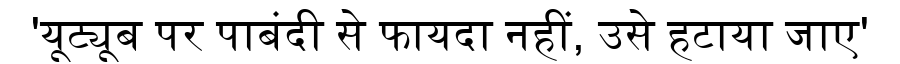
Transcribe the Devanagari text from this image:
'यूट्यूब पर पाबंदी से फायदा नहीं, उसे हटाया जाए'